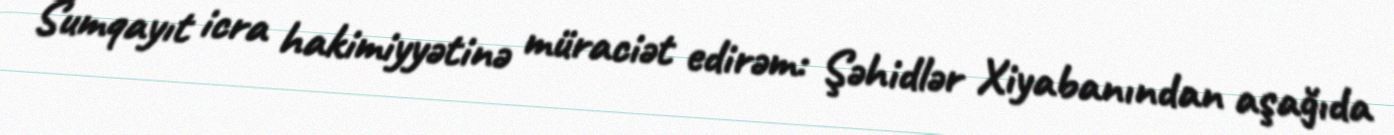
Sumqayıt icra hakimiyyətinə müraciət edirəm: Şəhidlər Xiyabanından aşağıda